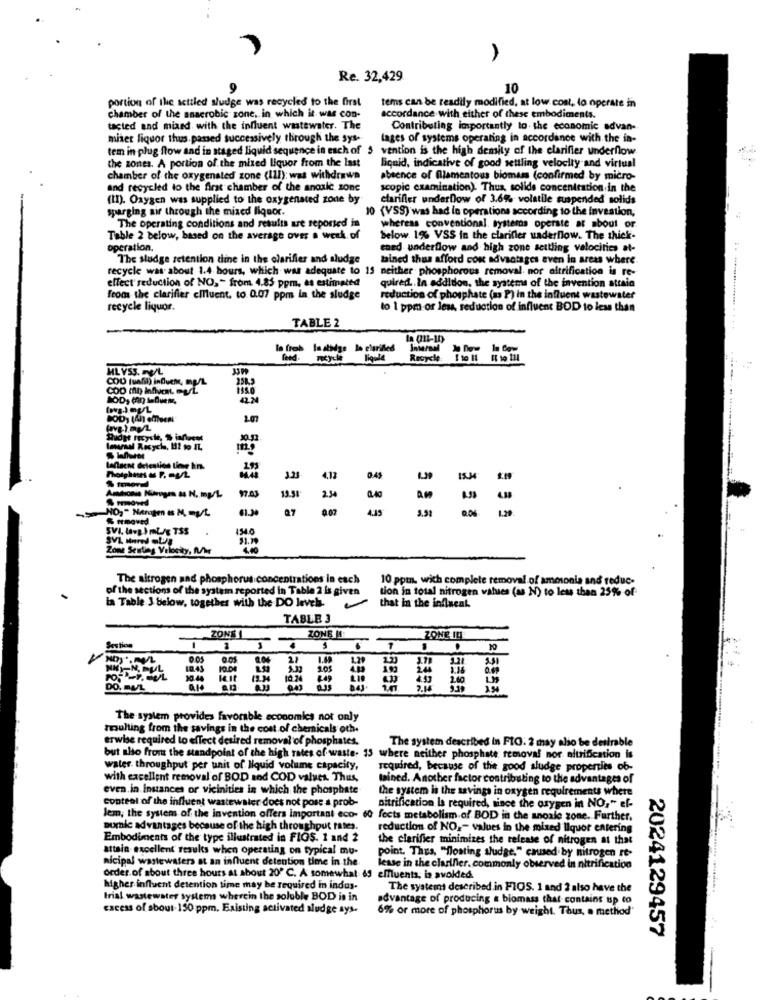
A
Re. 32,429
10
portion of the settled sludge was recycled to the first
tems can be readily modified, at low cost, lo operate in
chamber of the anaerobic zone, in which it was con-
accordance with either of these embodiments.
tacted and mixed with the influent wastewater. The
Contributing importantly to the economic advan-
mixer liquor thus.passed successively through the sys-
lages of systems operating in accordance with the in-
tem in plug flow and in staged liquid sequence in each of 5
vention is the high density of the clarifier underflow
the zones. A portion of the mixed liquor from the last
liquid, indicative of good settling velocity and virtual
chamber of the oxygenated zone (111); was withdrawa
absence of Illamentous biomass (confirmed by micro-
and recycled to the first chamber of the anoalc zone
scopic examination). Thus, solide concentration in the
(II). Oxygen was supplied to the oxygenated zone by
clarifier underflow of 3.6% volatile suspended solids
sparging air through the mixed liquor.
10 (VSS) was had in operations according to the investion,
The operating conditions and results are reported in
whereas conventional, systems operate at about or
Table 2 below, based on the average over a week of
below. 1% VSS in the clarifier uaderflow. The thick-
operation.
ened underflow and high zone settling valocities at-
The sludge retention dine in the clarifier and sludge
bined thus afford con advantages even in areas where.
recycle was about 1.4 hours, which was adequate to 15 neither phosphorous removal nor altrification is re-
effect reduction of NO, " from 4.83 ppm, as estimated
quired. In addition, the systems of the invention attain
from the clarifier cmfluent, to 0.07 ppm In the sludge
reduction of phosphate (as P) in the influent wastewater
recycle liquor.
lo 1 ppm or less, reduction of influent BOD to less than
TABLE 2
le froh laatsdge lo clarified
Inierand
Recycle 1 to HI HI to til
HL VSS. V/L
COD (uafil) induehe, mg/L
COD In InAVEL PUL
Imasal Recycle, 112 to IL
Lafluent detention tiene hin.
$ tumoved
4.13
0.45
Amonia Kuingen a8 N. mg/L
97.43
19.30
2.34
AM
61.30
0.07
4.45
129
S mmoved.
3 5 %
SI.7
Zone Seating Velocity, W/hr
The aitrogen and phosphorus concentrations in each
10 ppt. with complete removal of ammonia and reduc-
of the sections of the system reported in Table 2 is given
tion in total nitrogen values (as N) to less than 25% of-
la Table 3 below, together with the DO level.
that in the influent
TABLE 3
ZONE
ZONE M
ZONE IL
Sestion
-
1
1.4
10.45
5.32
10
0.6
30.44
la it
10.24
DO. PUL
The system provides favorable economics not only
resulting from the savings in the cost of chemicals oth.
erwise required to effect desired removal of phosphates.
The system described in FIG. 2 may also be desirable
but also from the standpoint of the high rates of waste. 13 where neither phosphate removal nor altrification is
water throughput per unit of liquid volume capacity,
required, because of the good sludge properties ob-
with excellent removal of BOD and COD values. Thus,
tained. Another factor contributing to the advantages of
even in instances or vicinities in which the phosphate
the system is the savings in oxygen requirements where
conteal of the influent wastewater does not pose a prob-
nitrification Is required, since the oxygen in NO, " ef-
lem; the system of the invention offers important eco- 60 fects metabolism of BOD in the anoale zone. Further.
Burnie advantages because of the high throughput rates.
reduction of NO .- values in the mixed liquor entering
Embodiments of the type illustrated in FIOS. 1 and 2
the clarifier minimizes the release of nitrogen at that
attain excellent results when operating on typical mu-
point. Thus, "floating sludge," caused by nitrogen re-
nicipal wastewaters at an influent detention time in the
lesse in the clarifier, commonly observed in nitrification
order.of about three hours at about 20º C. A somewhat 69 effluents, is avoided.
higher influent detention time may be required in indus-
The systems described in FIOS. 1 and 2 also have the
trial wastewater systems wherein the soluble BOD is in
advantage of producing & biomass that contains up to
cacess of about- 150 ppm. Existing activated sludge sys-
6% or more of phosphorus by weight. Thus, a method'
2024129457